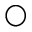
\bigcirc